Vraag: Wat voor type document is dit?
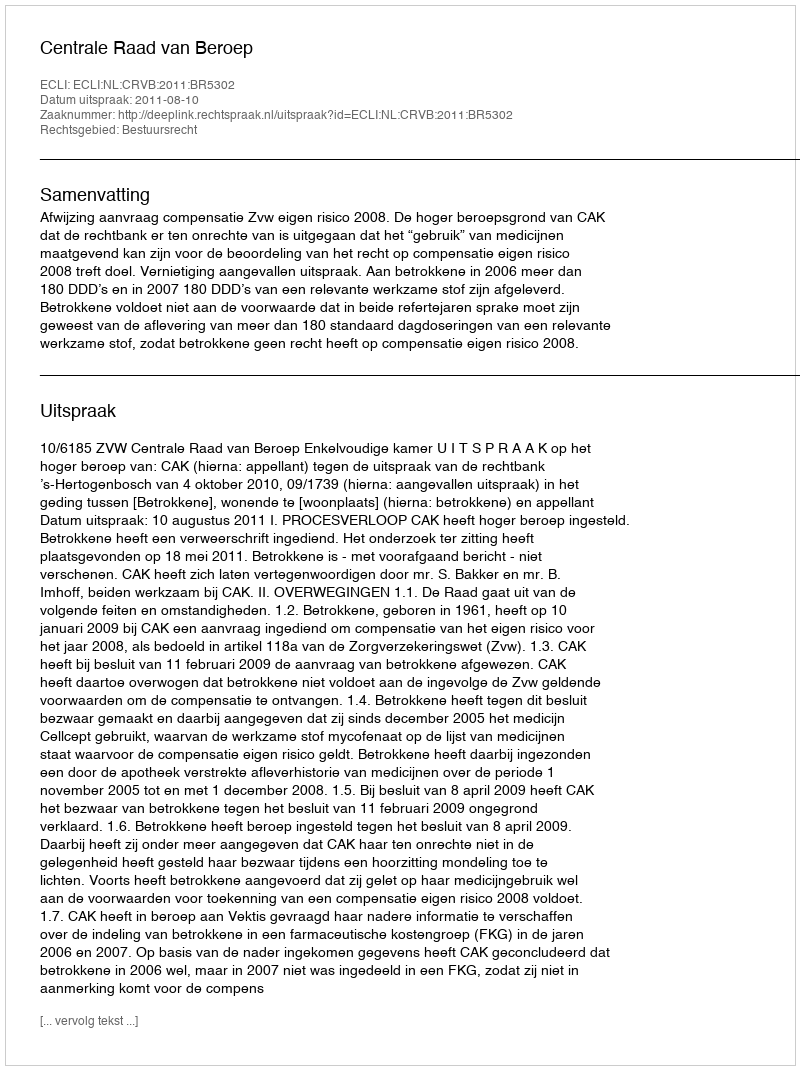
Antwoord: Uitspraak